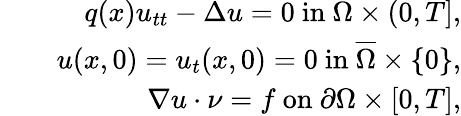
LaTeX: \begin{array}{rlr}&{}&{q(x)u_{tt}-\Delta{u}=0~\mathrm{in}~\Omega\times(0,T],}\\ &{}&{u(x,0)=u_{t}(x,0)=0~\mathrm{in}~\overline{{\Omega}}\times\{ 0\} ,}\\ &{}&{\nabla{u}\cdot\nu=f~\mathrm{on}~\partial\Omega\times[0,T],}\end{array}